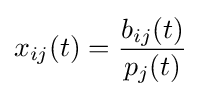
x_{ij}(t)={\frac {b_{ij}(t)}{p_{j}(t)}}